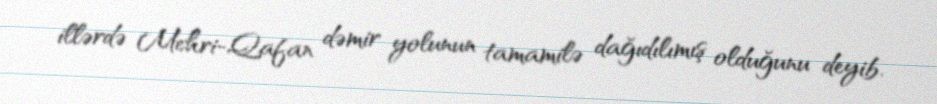
illərdə Mehri-Qafan dəmir yolunun tamamilə dağıdılımış olduğunu deyib.